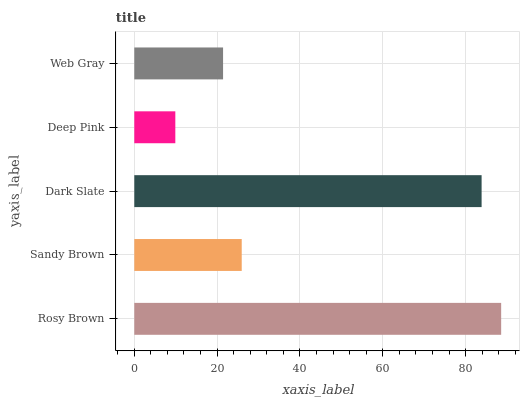
| yaxis_label | bars |
 | --- | --- |
 | Rosy Brown | 88.6 |
 | Sandy Brown | 25.9 |
 | Dark Slate | 83.9 |
 | Deep Pink | 9.91 |
 | Web Gray | 21.4 |